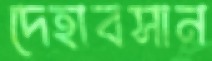
দেহাবসান